Civil Veterinary Dept. Bombay admin report 1900-1906 - 1900-1906
Year: 1900
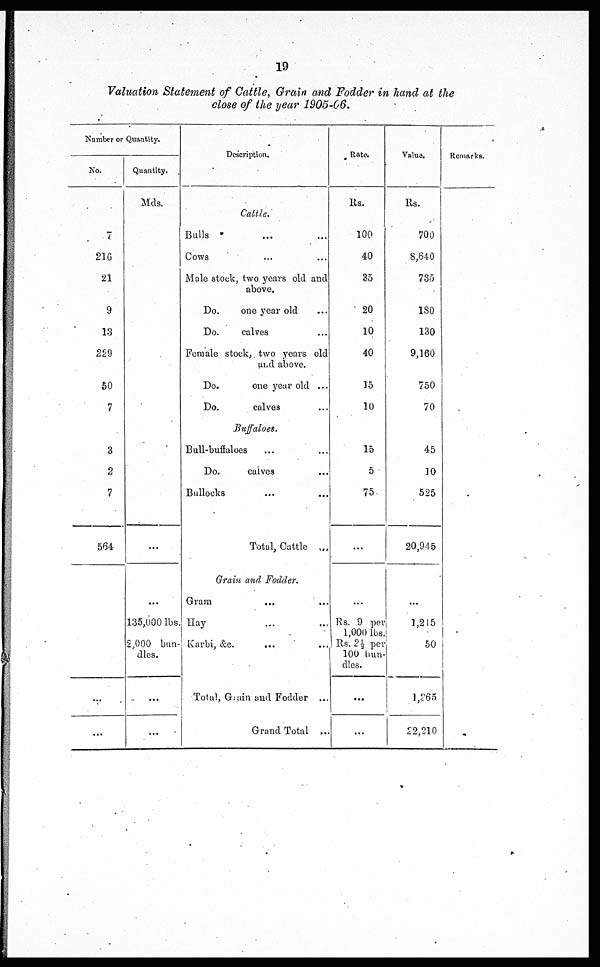
19
Valuation Statement of Cattle, Grain and Fodder in hand at the
close of the year 1905-06.
Number or Quantity.
No.
7
216
21
9
13
229
50
7
3
2
7
564
...
...
Quantity.
Mds.
...
...
135,000 lbs.
2,000 bun-
dles.
...
...
Description.
Cattle.
Bulls ... ...
Cows ... ...
Male stock, two years old and
above.
Do.
one year old ...
Do.
calves ...
Female stock, two years old
and above.
Do.
one year old ...
Do.
calves ...
Buffaloes.
Bull-buffaloes ... ...
Do.
calves ...
Bullocks ... ...
Total, Cattle ...
Grain and Fodder.
Gram ... ...
Hay ... ...
Karbi, &c. ... ...
Total, Grain and Fodder ...
Grand Total ...
Rate.
Rs.
100
40
35
20
10
40
15
10
15
5
75
...
...
Rs. 9 per
1,000 lbs.
Rs. 2½ per
100 bun-
dles.
...
...
Value.
Rs.
700
8,840
735
180
130
9,160
750
70
45
10
525
20,945
...
1,215
50
1,265
22,210
Remarks.